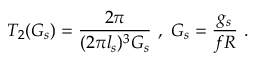
T _ { 2 } ( G _ { s } ) = \frac { 2 \pi } { ( 2 \pi l _ { s } ) ^ { 3 } G _ { s } } \ , \ G _ { s } = \frac { g _ { s } } { f R } \ .